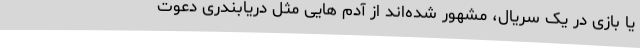
یا بازی در یک سریال، مشهور شده‌اند از آدم هایی مثل دریابندری دعوت